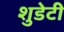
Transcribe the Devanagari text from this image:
शुडेटी